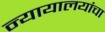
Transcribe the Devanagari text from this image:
न्यायालयांचा